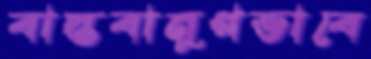
বাস্তবানুগভাবে